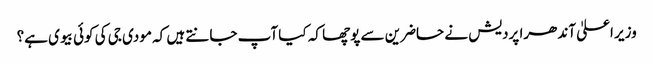
وزیر اعلیٰ آندھرا پردیش نے حاضرین سے پوچھا کہ کیا آپ جانتے ہیں کہ مودی جی کی کوئی بیوی ہے؟